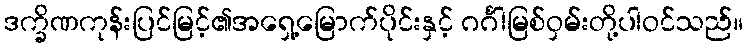
ဒက္ခိဏကုန်းပြင်မြင့်၏အရှေ့မြောက်ပိုင်းနှင့် ဂင်္ဂါမြစ်ဝှမ်းတို့ပါဝင်သည်။